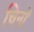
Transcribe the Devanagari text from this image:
चिनॉ